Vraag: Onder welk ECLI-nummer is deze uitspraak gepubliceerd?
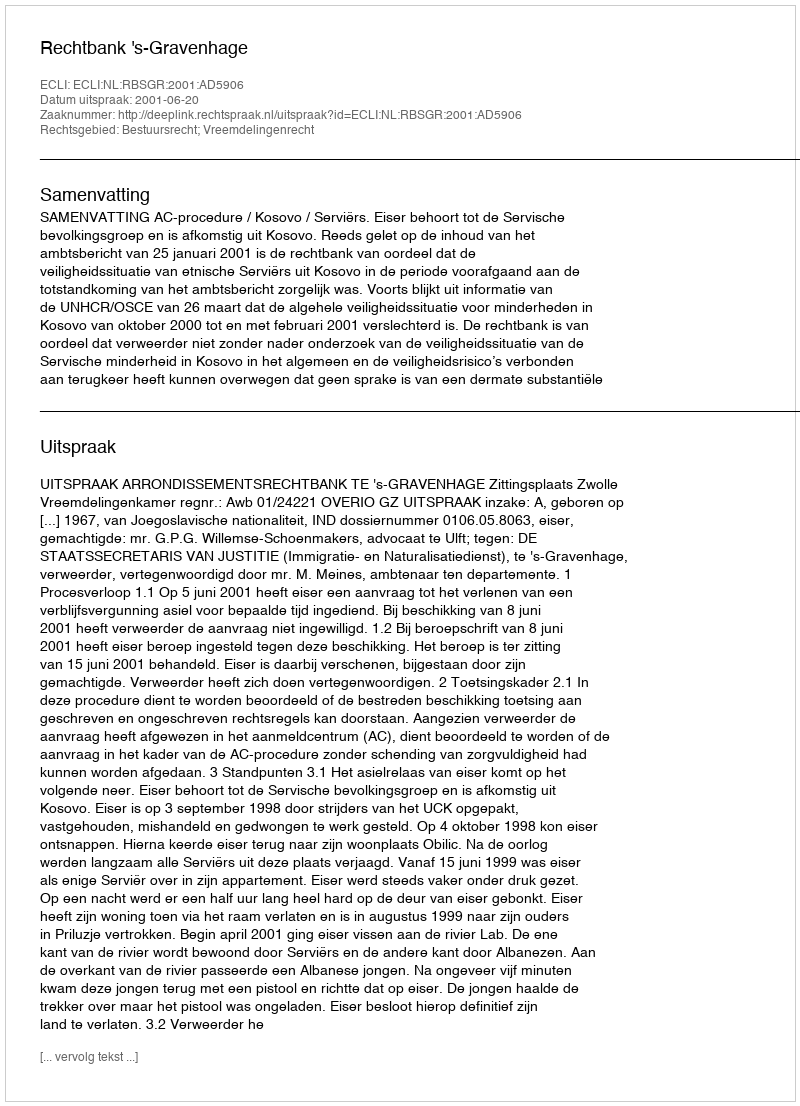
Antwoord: ECLI:NL:RBSGR:2001:AD5906